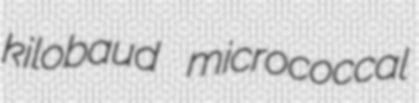
kilobaud micrococcal